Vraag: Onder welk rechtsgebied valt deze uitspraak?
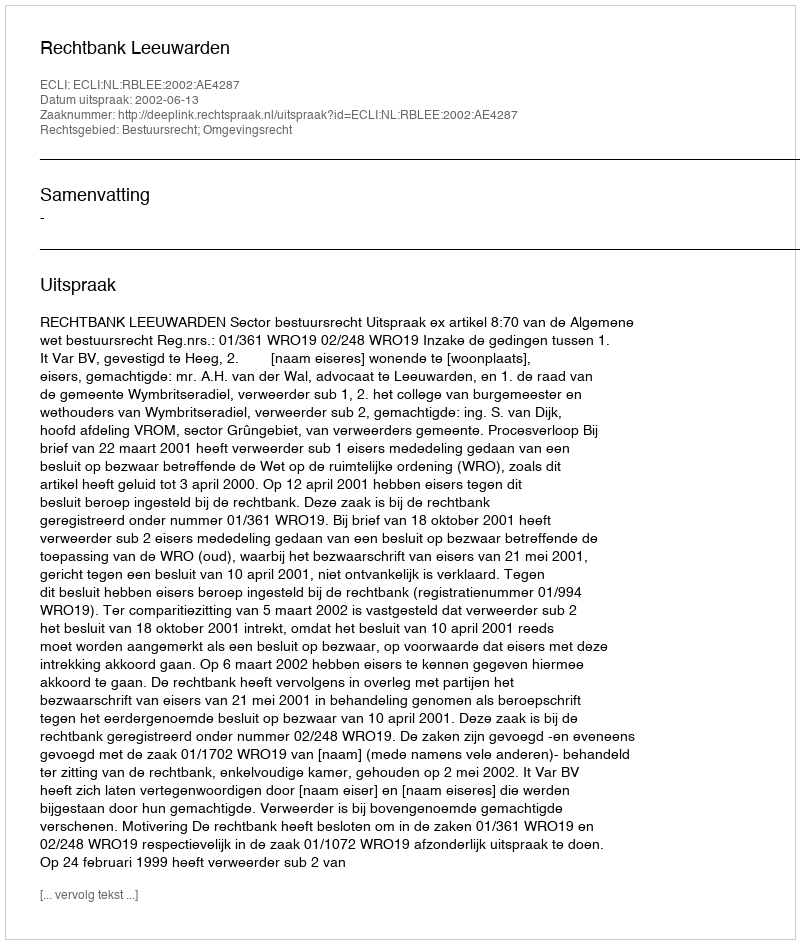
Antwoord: Bestuursrecht; Omgevingsrecht